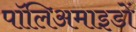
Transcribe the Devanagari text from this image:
पॉलिअमाइडों